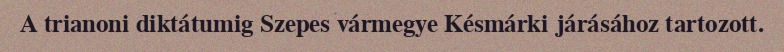
A trianoni diktátumig Szepes vármegye Késmárki járásához tartozott.